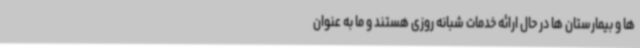
ها و بیمارستان ها در حال ارائه خدمات شبانه روزی هستند و ما به عنوان